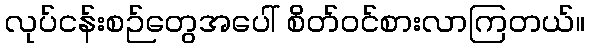
လုပ်ငန်းစဉ်တွေအပေါ် စိတ်ဝင်စားလာကြတယ်။